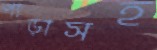
পাড়াসহ